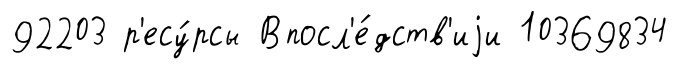
92203 р'есу́рсы Впосл'е́дств'иjи 10369834